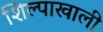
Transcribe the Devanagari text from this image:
शिल्पाखाली